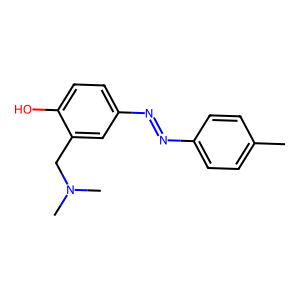
SMILES: Cc1ccc(N=Nc2ccc(O)c(CN(C)C)c2)cc1
Inhibits HIV replication: No